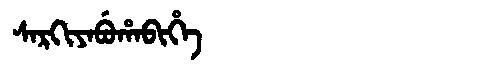
Manchu: ᠰᠠᡵᡴᡳᠶᠠᠪᡠᡥᠠᠪᡳᡥᡝ
Romanization: SARKIYABUHABIHE